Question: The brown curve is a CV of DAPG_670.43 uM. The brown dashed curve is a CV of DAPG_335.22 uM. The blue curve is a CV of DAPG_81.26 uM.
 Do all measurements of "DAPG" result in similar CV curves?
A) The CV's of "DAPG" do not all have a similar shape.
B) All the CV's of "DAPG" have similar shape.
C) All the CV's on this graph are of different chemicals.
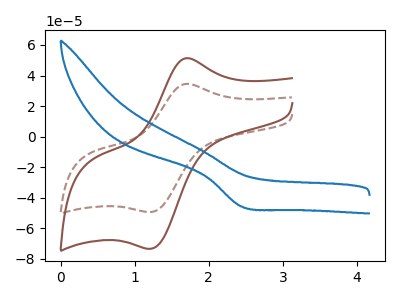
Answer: <think>The brown curve "DAPG_670.43 uM" has an anodic peak at (1.70V, 51.35uA) and a cathodic peak at (1.20V, -73.40uA). The brown dashed curve "DAPG_335.22 uM" has an anodic peak at (1.70V, 34.55uA) and a cathodic peak at (1.20V, -49.35uA). The blue curve "DAPG_81.26 uM" has a cathodic peak at: (2.45V, -45.70uA).
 All the peaks in "DAPG_670.43 uM" have a peak in "DAPG_335.22 uM" at the same potential. Every peak in "DAPG_670.43 uM" is higher than every peak in "DAPG_335.22 uM". "DAPG_670.43 uM" and "DAPG_81.26 uM" have a different number of peaks. "DAPG_335.22 uM" and "DAPG_81.26 uM" have a different number of peaks.</think>
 <answer>B) All the CV's of "DAPG" have similar shape.</answer>
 <eval>B</eval>